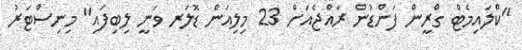
"ކްލައިމެޓް ގްރީން ފަންޑުން ރާއްޖެއަށް 23 މިލިއަން ޑޮލަރ ވަނީ ލިބިފައި" މިނިސްޓަރު